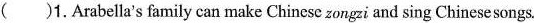
( )1.Arabella's family can make Chinese zongzi and sing Chinesesongs.